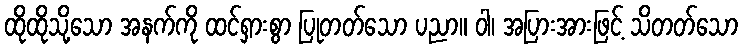
ထိုထိုသို့သော အနက်ကို ထင်ရှားစွာ ပြုတတ်သော ပညာ။ ဝါ၊ အပြားအားဖြင့် သိတတ်သော